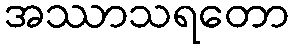
အဿာသရတော